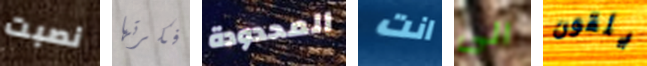
نصبت فكرتها المحدودة انت الى يلقون